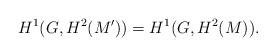
LaTeX: \begin{align*}H^1(G, H^2(M')) = H^1(G, H^2(M)).\end{align*}